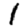
Digit: 1